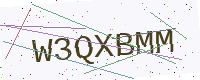
Text: W3QXBMM